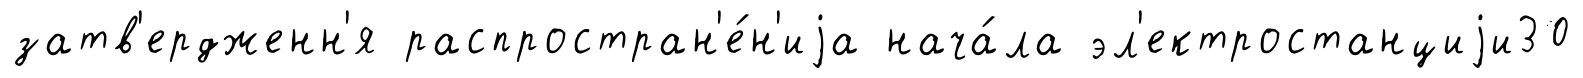
затв'ердженн'я распростран'е́н'иjа нача́ла эл'ектростанциjи30